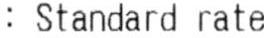
: STANDARD RATE